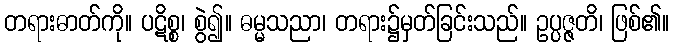
တရားဓာတ်ကို။ ပဋိစ္စ၊ စွဲ၍။ ဓမ္မသညာ၊ တရား၌မှတ်ခြင်းသည်။ ဥပ္ပဇ္ဇတိ၊ ဖြစ်၏။